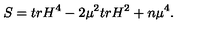
S = t r H ^ { 4 } - 2 { \mu } ^ { 2 } t r H ^ { 2 } + n { \mu } ^ { 4 } .